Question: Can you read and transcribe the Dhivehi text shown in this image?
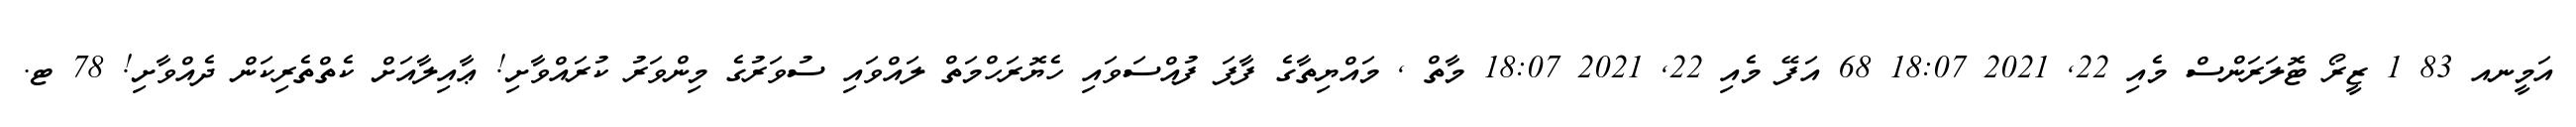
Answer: އަމީނއ 83 1 ޒީރޯ ޓޮލަރަންސް މެއި 22, 2021 18:07 68 އަފޭ މެއި 22, 2021 18:07 މާތް , މައްޔިތާގެ ފާފަ ފުއްސަވައި ހެޔޮރަހްމަތް ލައްވައި ސުވަރުގެ މިންވަރު ކުރައްވާށި! ޢާއިލާއަށް ކެތްތެރިކަން ދެއްވާށި! 78 ޓ.